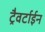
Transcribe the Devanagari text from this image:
ट्रैवर्टाईन